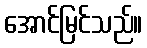
အောင်မြင်သည်။